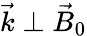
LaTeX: {\vec{k}}\perp{\vec{B}}_{0}